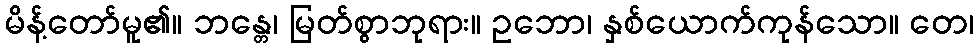
မိန့်တော်မူ၏။ ဘန္တေ၊ မြတ်စွာဘုရား။ ဥဘော၊ နှစ်ယောက်ကုန်သော။ တေ၊